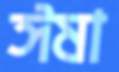
ঈষা